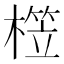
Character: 𣙫